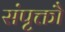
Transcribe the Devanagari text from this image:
संपृक्तौ